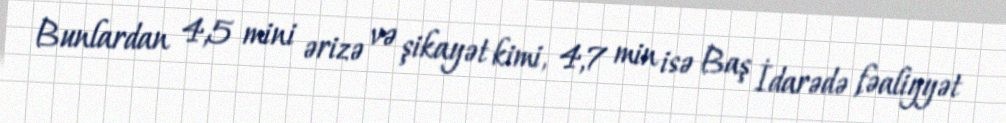
Bunlardan 4,5 mini ərizə və şikayət kimi, 4,7 min isə Baş İdarədə fəaliyyət